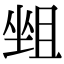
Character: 𡎬